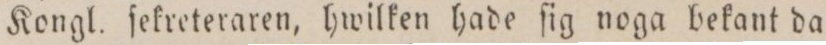
Kongl. fekreteraren, hwilken hade ſig noga bekant da=